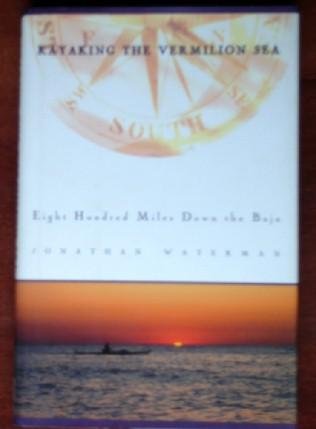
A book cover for Kayaking The Vermillion Sea; Jonathan Waterman; Sports & Outdoors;